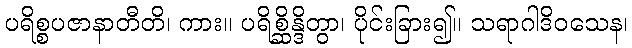
ပရိစ္စပဇာနာတီတိ၊ ကား။ ပရိစ္ဆိန္ဒိတွာ၊ ပိုင်းခြား၍။ သရာဂါဒိဝသေန၊